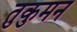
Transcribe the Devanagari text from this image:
तुकुमन